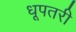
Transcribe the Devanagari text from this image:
धूपतरी